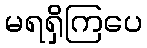
မရရှိကြပေ